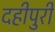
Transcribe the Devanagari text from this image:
दहीपुरी